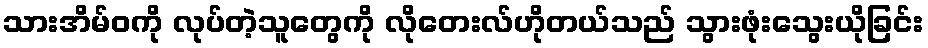
သားအိမ်ဝကို လုပ်တဲ့သူတွေကို လိုတေးလ်ဟိုတယ်သည် သွားဖုံးသွေးယိုခြင်း